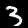
Digit: 3